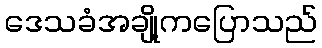
ဒေသခံအချို့ကပြောသည်